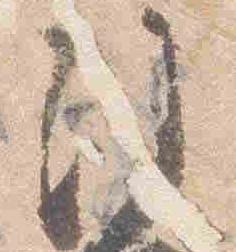
注